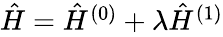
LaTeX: \begin{array}{r}{\hat{H}=\hat{H}^{(0)}+\lambda\hat{H}^{(1)}}\end{array}